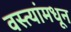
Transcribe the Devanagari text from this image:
वस्त्यांमधून